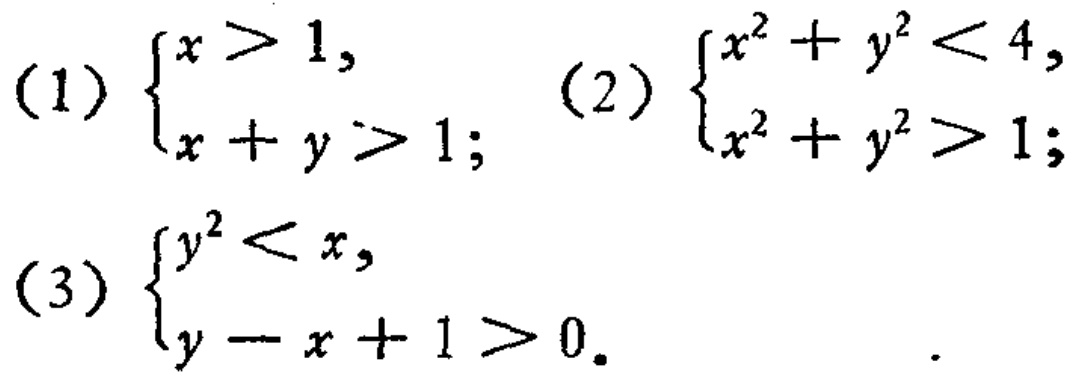
(1) \(\begin{cases}x > 1, \\x + y > 1;\end{cases}\) (2) \(\begin{cases}x^{2}+y^{2}<4, \\x^{2}+y^{2}>1;\end{cases}\) (3) \(\begin{cases}y^{2}<x, \\y - x + 1>0.\end{cases}\)